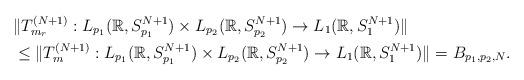
LaTeX: \begin{align*}&\Vert T_{ m_r }^{(N+1)}: L_{p_1}(\mathbb{R}, S_{p_1}^{N+1}) \times L_{p_2}(\mathbb{R}, S_{p_2}^{N+1} ) \rightarrow L_{1}(\mathbb{R}, S_{1}^{N+1}) \Vert \\& \leq \Vert T_{ m}^{(N+1)}: L_{p_1}(\mathbb{R}, S_{p_1}^{N+1}) \times L_{p_2}(\mathbb{R}, S_{p_2}^{N+1} ) \rightarrow L_{1}(\mathbb{R}, S_{1}^{N+1}) \Vert = B_{p_1, p_2,N}.\end{align*}